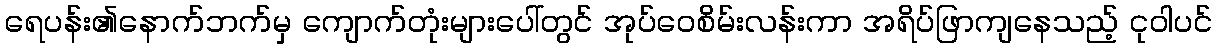
ရေပန်း၏နောက်ဘက်မှ ကျောက်တုံးများပေါ်တွင် အုပ်ဝေစိမ်းလန်းကာ အရိပ်ဖြာကျနေသည့် ငုဝါပင်